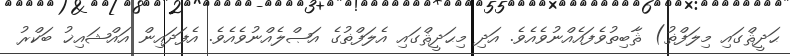
ޙަދީޘްގައި މިލަފްޡު) ޘާބިތުވެފައެއްނުވެއެވެ. އަދި މިޙަދީޘްގައި އެލަފްޡުގެ އަޞްލެއްނުވެއެވެ. އެފަދައިން އައްޝައިޚު ބަކްރު